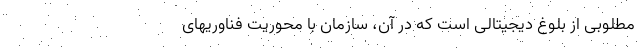
مطلوبی از بلوغ دیجیتالی است که در آن، سازمان با محوریت فناوریهای